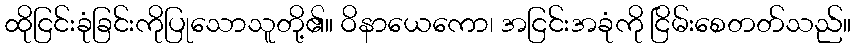
ထိုငြင်းခုံခြင်းကိုပြုသောသူတို့၏။ ဝိနာယေကော၊ အငြင်းအခုံကို ငြိမ်းစေတတ်သည်။